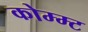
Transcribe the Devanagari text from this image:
कोम्म्ट